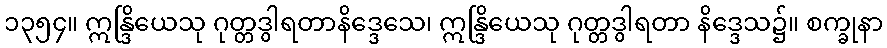
၁၃၅၄။ ဣန္ဒြိယေသု ဂုတ္တဒွါရတာနိဒ္ဒေသေ၊ ဣန္ဒြိယေသု ဂုတ္တဒွါရတာ နိဒ္ဒေသ၌။ စက္ခုနာ